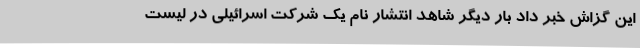
این گزاش خبر داد بار دیگر شاهد انتشار نام یک شرکت اسرائیلی در لیست